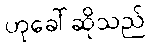
ဟုခေါ်ဆိုသည်